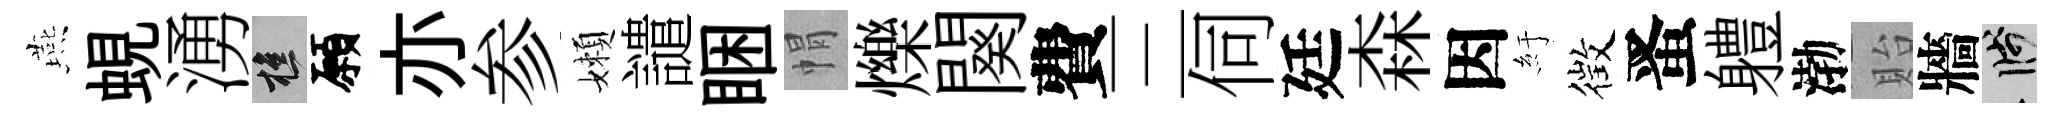
燕蜆湧樵願亦参嬾譴睏㡌爍闋費三伺廷森因紆徴󱉠軆渤貽牆箋